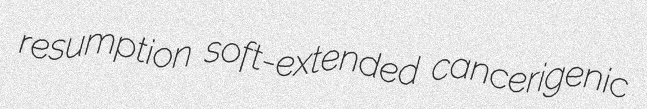
resumption soft-extended cancerigenic